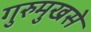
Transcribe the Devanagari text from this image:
गुरुमुखसे